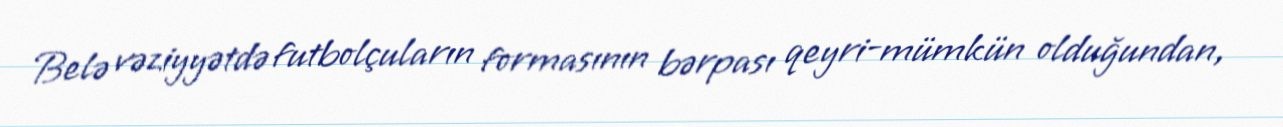
Belə vəziyyətdə futbolçuların formasının bərpası qeyri-mümkün olduğundan,